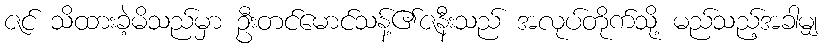
ဇင် သိထားခဲ့မိသည်မှာ ဦးတင်မောင်သန့်၏ဇနီးသည် အလုပ်တိုက်သို့ မည်သည့်အခါမျှ